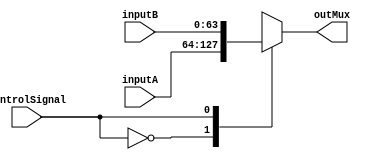
`timescale 1ns / 1ps
//////////////////////////////////////////////////////////////////////////////////
// Company: 
// Engineer: 
// 
// Design Name: 
// Module Name:    mux 
// Project Name: 
// Target Devices: 
// Tool versions: 
// Description: 
//
// Dependencies: 
//
// Revision: 
// Revision 0.01 - File Created
// Additional Comments: 
//
//////////////////////////////////////////////////////////////////////////////////
module mux(
    input [63:0] inputA,
    input [63:0] inputB,
    input controlSignal,
    output reg [63:0] outMux
    );

always @(inputA,inputB, controlSignal )
begin
		case(controlSignal)
		1'b0 : begin
				 outMux <= inputA;
				 end
		1'b1 : begin 
				 outMux <= inputB	;
				 end
		endcase
end
endmodule